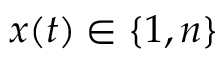
\boldsymbol { x } ( t ) \in \{ 1 , n \}